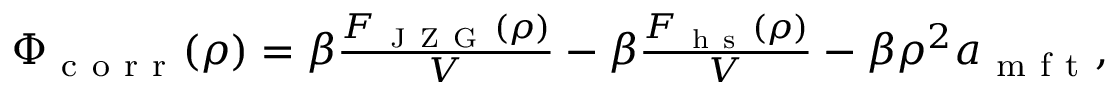
\begin{array} { r } { \Phi _ { \mathrm { ~ c ~ o ~ r ~ r ~ } } ( \rho ) = \beta \frac { F _ { \mathrm { ~ J ~ Z ~ G ~ } } ( \rho ) } { V } - \beta \frac { F _ { \mathrm { ~ h ~ s ~ } } ( \rho ) } { V } - \beta \rho ^ { 2 } a _ { \mathrm { ~ m ~ f ~ t ~ } } , } \end{array}